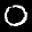
Label: 0